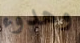
وهدوء